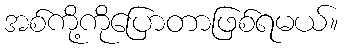
အစ်ကို့ကိုပြောတာဖြစ်ရမယ်။